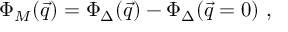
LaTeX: \Phi _ { M } ( \vec { q } ) = \Phi _ { \Delta } ( \vec { q } ) - \Phi _ { \Delta } ( \vec { q } = 0 ) ~ ,